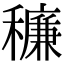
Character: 䆂